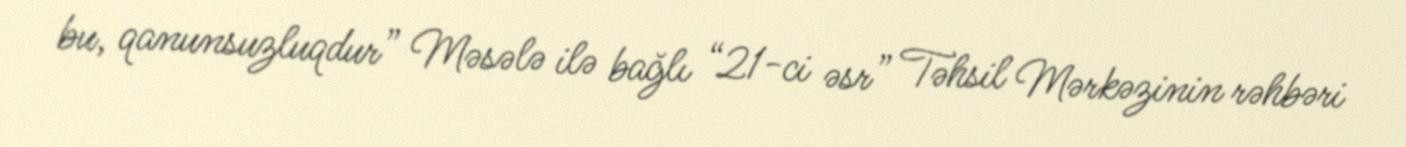
bu, qanunsuzluqdur” Məsələ ilə bağlı “21-ci əsr” Təhsil Mərkəzinin rəhbəri